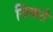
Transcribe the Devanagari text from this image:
जिंकते